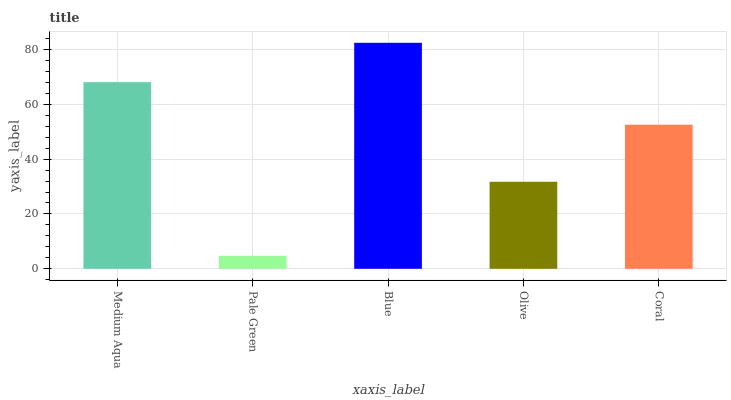
| xaxis_label | bars |
 | --- | --- |
 | Medium Aqua | 68.1 |
 | Pale Green | 4.75 |
 | Blue | 82.4 |
 | Olive | 31.7 |
 | Coral | 52.5 |